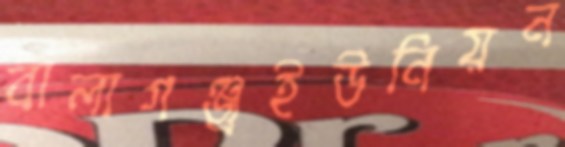
বালাগঞ্জ্রইউনিয়ন